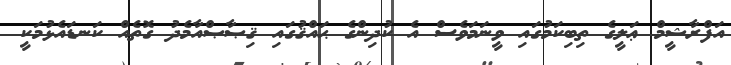
އަފްރާޝީމް ޢަލީގެ ތިބިކަމުގައި ވީނަމަވެސް އެ ކުދިންގެ ޙައްޤުގައި ޤިޞާޞްއާމެދު ގޮތެއް ކަނޑައެޅުމަކީ